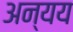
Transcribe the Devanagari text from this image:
अन्यय